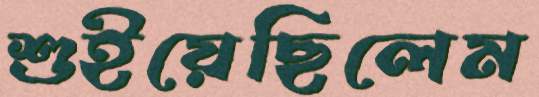
শুইয়েছিলেম